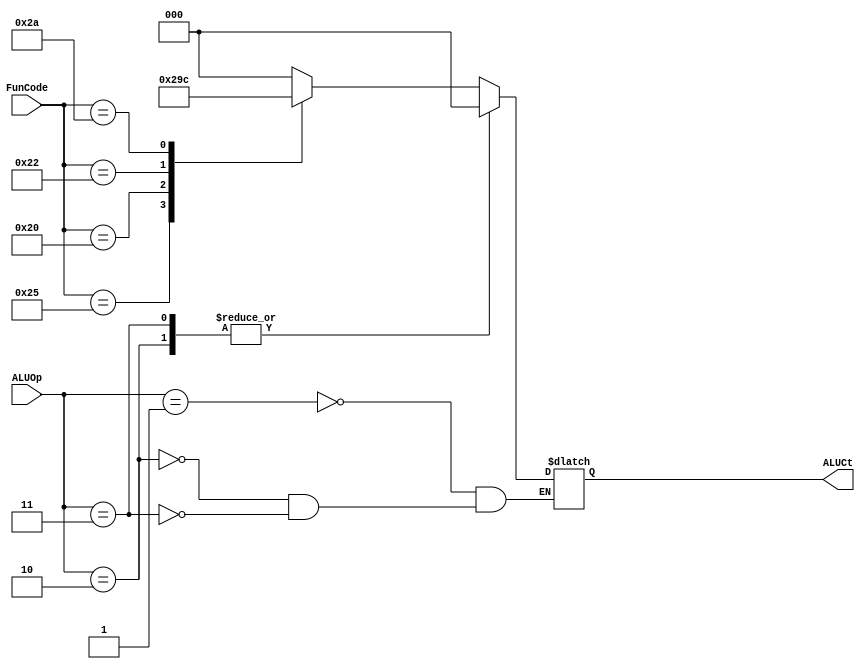
module ALU_CONTROL(
input [2:0]ALUOp,
input [5:0]FunCode,
output reg [2:0]ALUCt
);


always @*
begin
case(ALUOp)
	1:	begin
			case(FunCode)
				36: ALUCt <= 0; //and
				37: ALUCt <= 1; //or
				32: ALUCt <= 2; //suma
				34: ALUCt <= 3; //resta
				42: ALUCt <= 4; //slt
				default: ALUCt<=0;
			endcase
		end
	2: ALUCt <= 0;
	3: ALUCt <= 0;
endcase
end
endmodule